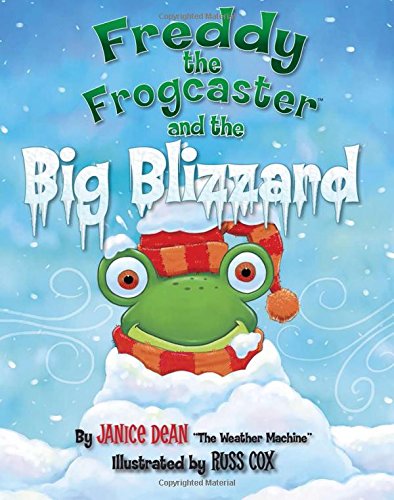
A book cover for Freddy the Frogcaster and the Big Blizzard; Janice Dean; Children's Books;